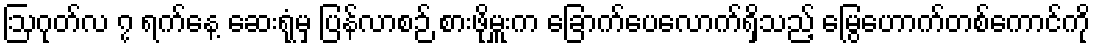
ဩဂုတ်လ ၇ ရက်နေ့ ဆေးရုံမှ ပြန်လာစဉ် စားဖိုမှူးက ခြောက်ပေလောက်ရှိသည့် မြွေဟောက်တစ်ကောင်ကို